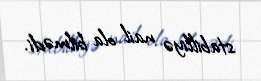
stabilliyə nail ola bilmədi.